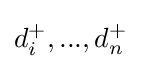
d_{i}^{+},...,d_{n}^{+}